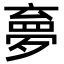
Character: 夣